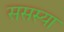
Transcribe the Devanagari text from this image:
ससस्या